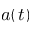
a ( t )